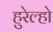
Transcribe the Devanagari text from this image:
हुरेल्हो